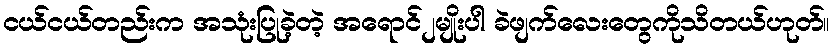
ငယ်ငယ်တည်းက အသုံးပြုခဲ့တဲ့ အရောင်၂မျိုးပါ ခဲဖျက်လေးတွေကိုသိတယ်ဟုတ်။